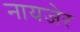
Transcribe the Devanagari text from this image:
नायजेर